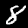
Digit: 8